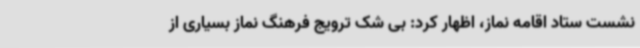
نشست ستاد اقامه نماز، اظهار کرد: بی شک ترویج فرهنگ نماز بسیاری از